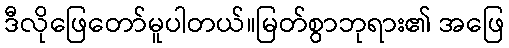
ဒီလိုဖြေတော်မူပါတယ်။မြတ်စွာဘုရား၏ အဖြေ